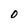
Character: O